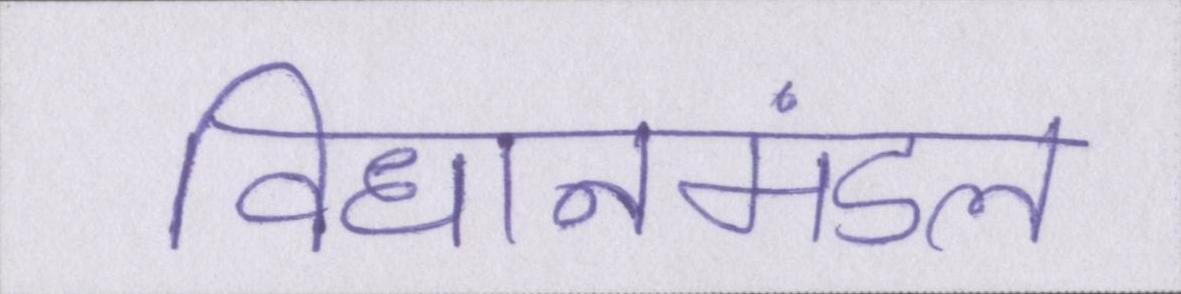
विधानमंडल